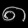
Digit: ၈